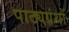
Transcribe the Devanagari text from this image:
पाठ्यग्रंथों